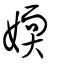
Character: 媆